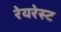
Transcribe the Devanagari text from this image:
रेयरेस्ट